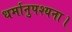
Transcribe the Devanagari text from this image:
धर्मानुपश्यना।